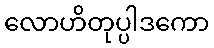
လောဟိတုပ္ပါဒကော